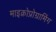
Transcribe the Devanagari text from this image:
माइक्रोप्रोग्रामिंग